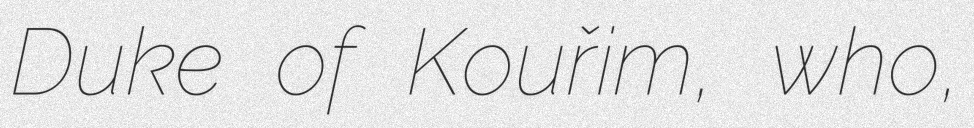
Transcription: Duke of Kouřim, who,